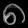
Digit: ၈